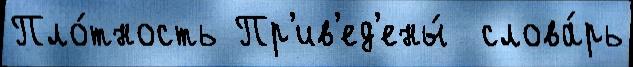
Пло́тность Пр'ив'ед'ены́  слова́рь